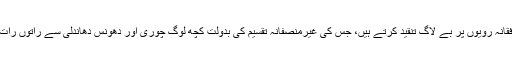
وہ اپنی شاعری میں معاشرے کے منافقانہ رویوں پر بے لاگ تنقید کرتے ہیں، جس کی غیرمنصفانہ تقسیم کی بدولت کچھ لوگ چوری اور دھونس دھاندلی سے راتوں رات امارت کے درجے کو پہنچجاتے ہیں۔